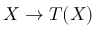
X \rightarrow T ( X )